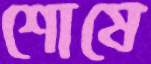
শোষে